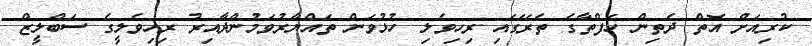
ކުރިއަށް އޮތް ދެތިން ހަފްތާގެ ތެރޭގައި ރިހިވެލި ހުޅުވަން ތައްޔާރުވަމުންދާއިރު ރިހިވެލީގެ ސަބްލީޒް